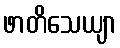
ဖာတိသေယျာ